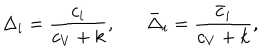
LaTeX: \Delta _ { i } = { \frac { c _ { i } } { c _ { V } + k } } , \bar { \Delta } _ { i } = { \frac { \bar { c } _ { i } } { c _ { V } + k } } ,